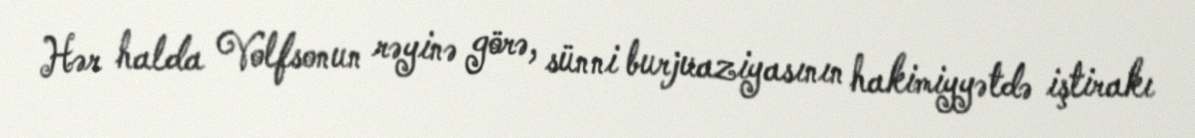
Hər halda Volfsonun rəyinə görə, sünni burjuaziyasının hakimiyyətdə iştirakı